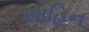
સાહિન